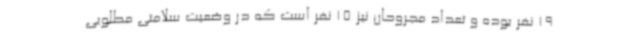
19 نفر بوده و تعداد مجروحان نیز 15 نفر است که در وضعیت سلامتی مطلوبی